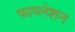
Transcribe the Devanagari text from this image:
फाय्लेशन